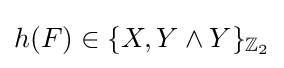
h(F)\in \{X,Y\wedge Y\}_{\mathbb {Z} _{2}}